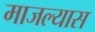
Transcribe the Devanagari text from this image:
माजल्यास